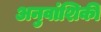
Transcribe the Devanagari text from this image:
अनुवांशिकी